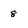
Character: 8